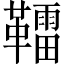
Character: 𩍢